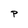
Character: P